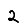
Digit: 2